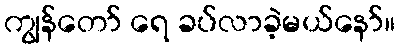
ကျွန်တော် ရေ ခပ်လာခဲ့မယ်နော်။